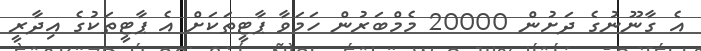
އެ ގާނޫނުގެ ދަށުން 20000 މެމްބަރުން ހަމަވާ ޕާޓީތަކަށް އެ ޕާޓީތަކުގެ އިދާރީ